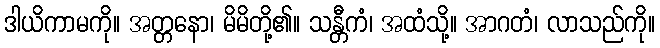
ဒါယိကာမကို။ အတ္တနော၊ မိမိတို့၏။ သန္တီကံ၊ အထံသို့။ အာဂတံ၊ လာသည်ကို။